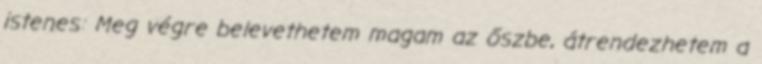
istenes: Meg végre belevethetem magam az őszbe, átrendezhetem a